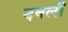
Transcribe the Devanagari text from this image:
दबली